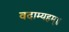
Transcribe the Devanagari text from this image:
वदाम्यहम्॥